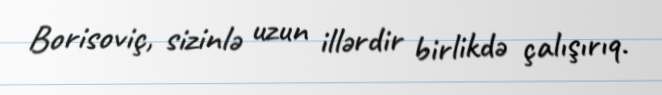
Borisoviç, sizinlə uzun illərdir birlikdə çalışırıq.